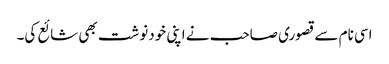
اسی نام سے قصوری صاحب نے اپنی خودنوشت بھی شائع کی۔